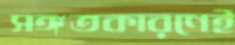
সঙ্গতকারণেই